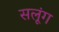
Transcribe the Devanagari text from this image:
सलूंग